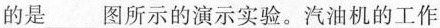
的是___图所示的演示实验。汽油机的工作